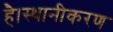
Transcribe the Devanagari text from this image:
है।स्थानीकरण